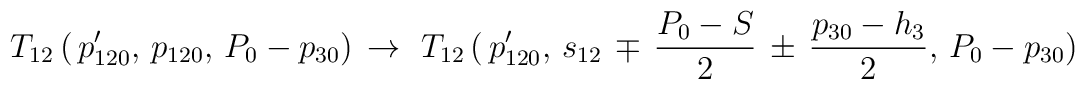
T_{12}\,(\,p'_{120},\,p_{120},\, P_0-p_{30})\,\to\,\,T_{12}\,(\,p'_{120},\,s_{12}\,\mp\,{P_0-S\over2}\,\pm\,{p_{30}-h_3\over2},\,P_0-p_{30})\,